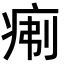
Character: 𪽯